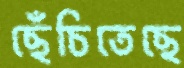
ছেঁচিতেছে